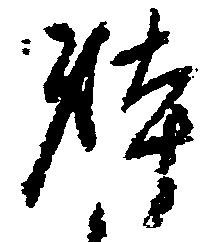
躰